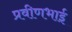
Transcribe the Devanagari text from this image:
प्रवीणभाई